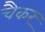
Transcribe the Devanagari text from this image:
चैकर